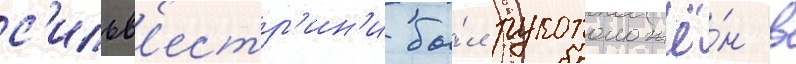
с'ильв'естр'ин'и бы́л рукоположё́н в